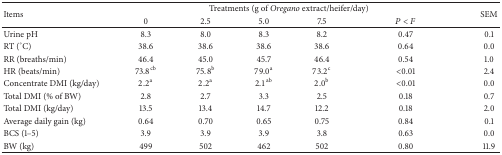
<table><thead><tr><td rowspan="2"><b>Items</b></td><td colspan="5"><b>Treatments (g of <i>Oregano</i> extract/heifer/day)</b></td><td rowspan="2"><b>SEM</b></td></tr><tr><td><b>0</b></td><td><b>2.5</b></td><td><b>5.0</b></td><td><b>7.5</b></td><td><b><i>P</i> &lt; <i>F</i></b></td></tr></thead><tbody><tr><td>Urine pH</td><td>8.3</td><td>8.0</td><td>8.3</td><td>8.2</td><td>0.47</td><td>0.1</td></tr><tr><td>RT (°C)</td><td>38.6</td><td>38.6</td><td>38.6</td><td>38.6</td><td>0.64</td><td>0.0</td></tr><tr><td>RR (breaths/min)</td><td>46.4</td><td>45.0</td><td>45.7</td><td>46.4</td><td>0.54</td><td>1.0</td></tr><tr><td>HR (beats/min)</td><td>73.8<sup>cb</sup></td><td>75.8<sup>b</sup></td><td>79.0<sup>a</sup></td><td>73.2<sup>c</sup></td><td>&lt;0.01</td><td>2.4</td></tr><tr><td>Concentrate DMI (kg/day)</td><td>2.2<sup>a</sup></td><td>2.2<sup>a</sup></td><td>2.1<sup>ab</sup></td><td>2.0<sup>b</sup></td><td>&lt;0.01</td><td>0.0</td></tr><tr><td>Total DMI (% of BW)</td><td>2.8</td><td>2.7</td><td>3.3</td><td>2.5</td><td>0.18</td><td>0.7</td></tr><tr><td>Total DMI (kg/day)</td><td>13.5</td><td>13.4</td><td>14.7</td><td>12.2</td><td>0.18</td><td>2.0</td></tr><tr><td>Average daily gain (kg)</td><td>0.64</td><td>0.70</td><td>0.65</td><td>0.75</td><td>0.84</td><td>0.1</td></tr><tr><td>BCS (1–5)</td><td>3.9</td><td>3.9</td><td>3.9</td><td>3.8</td><td>0.63</td><td>0.0</td></tr><tr><td>BW (kg)</td><td>499</td><td>502</td><td>462</td><td>502</td><td>0.80</td><td>11.9</td></tr></tbody></table>